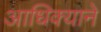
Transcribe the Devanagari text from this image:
आधिक्याने